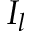
I _ { l }